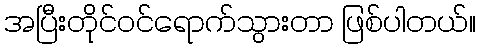
အပြီးတိုင်ဝင်ရောက်သွားတာ ဖြစ်ပါတယ်။